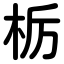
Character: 栃